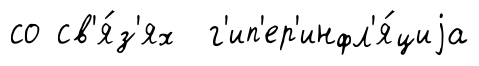
со св'я́з'ях г'ип'ер'инфл'я́циjа